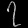
Digit: ၇